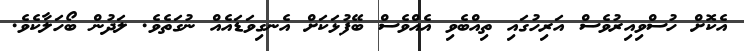
އެކޮށް ހުސްވިއިރުވެސް އަރިހުގައި ތިއްބެވި އެއްވެސް ބޭފުޅަކަށް އެނގިވަޑައެއް ނުގަތެވެ. ލަދުން ބޯހަލާކެވެ.